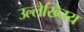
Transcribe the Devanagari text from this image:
उल्लेख्निय